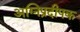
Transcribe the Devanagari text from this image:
अग्निप्रदीपक